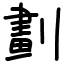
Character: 劃